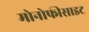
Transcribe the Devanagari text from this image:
मोनोफीसाइट